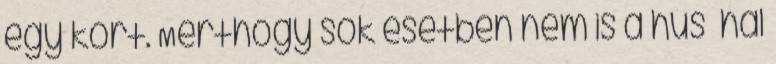
egy kört. Merthogy sok esetben nem is a hús hal